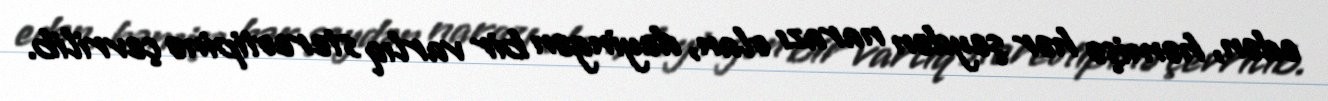
edən, həmişə hər şeydən narazı olan, deyingən bir varlıq stereotipinə çevrilib.